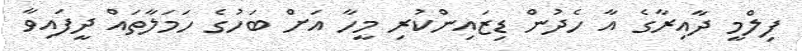
ފިލްމީ ދާއިރާގެ އާ ހެދުން ޑިޒައިންކުރި މީހާ އަށް ބަހުގެ ހަމަލާތައް ދީފައިވާ